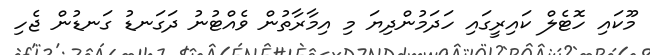
މޫކައި ހޮޓެލް ކައިރީގައި ހަދަމުންދިޔަ މި އިމާރާތުން ވެއްޓުނު ދަގަނޑު ގަނޑުން ޖެހި